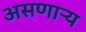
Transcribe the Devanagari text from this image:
असणाऱ्य